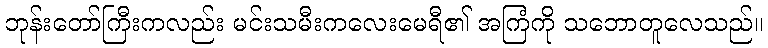
ဘုန်းတော်ကြီးကလည်း မင်းသမီးကလေးမေရီ၏ အကြံကို သဘောတူလေသည်။